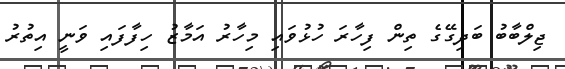
ޖިލްބާބު ބަދިގޭގެ ތިން ފިހާރަ ހުޅުވައި މިހާރު އަމާޒު ހިފާފައި ވަނީ އިތުރު